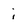
Character: i